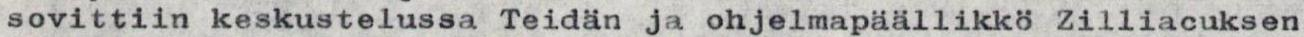
sovittiin keskustelussa Teidän ja ohjelmapäällikkö Zilliacuksen